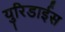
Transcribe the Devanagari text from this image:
युरिडाईस